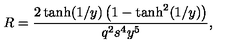
R = \frac { 2 \tanh ( 1 / y ) \left( 1 - \tanh ^ { 2 } ( 1 / y ) \right) } { q ^ { 2 } s ^ { 4 } y ^ { 5 } } ,